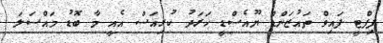
ފިފްޓީ ފައިވް ތައުޒަންޑް ޔޫއެސްޑީ ޚަރަދު ކުރިއަސް އެއީ މާ ބޮޑު މައްސަލަ